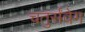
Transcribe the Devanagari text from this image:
चतुर्संवेग